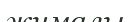
жималы